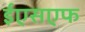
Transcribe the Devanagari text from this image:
ईएसएफ